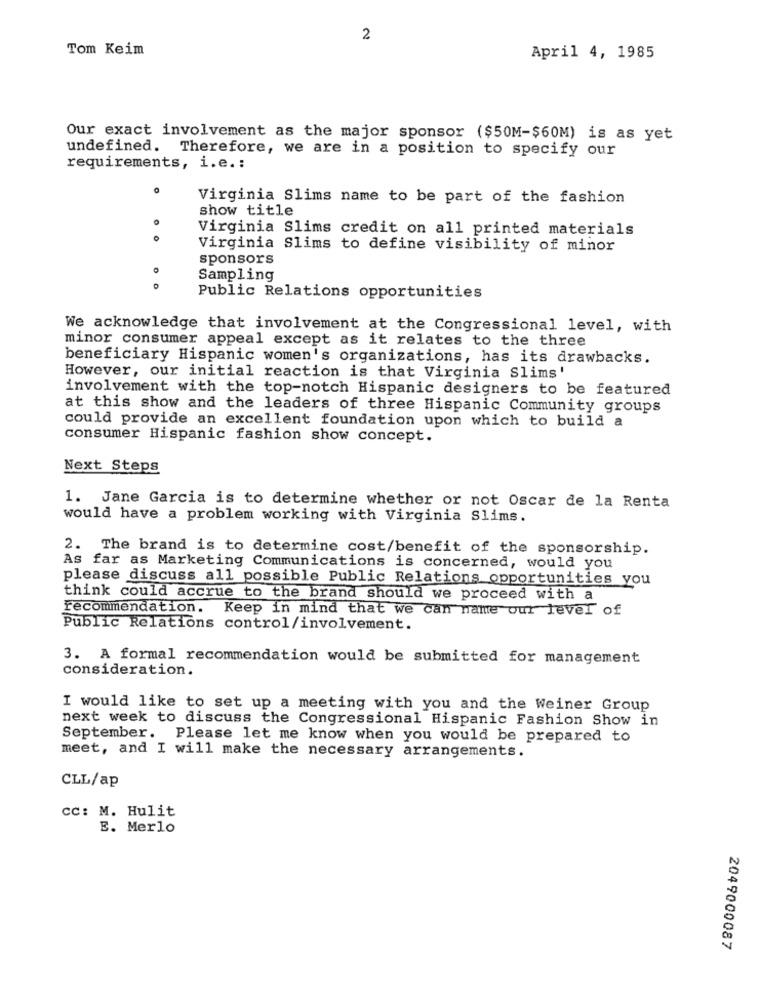
2
Tom Keim
April 4, 1985
Our exact involvement as the major sponsor ($50M-$60M) is as yet
undefined. Therefore, we are in a position to specify our
requirements, i.e. :
Virginia Slims name to be part of the fashion
show title
Virginia Slims credit on all printed materials
Virginia Slims to define visibility of minor
sponsors
Sampling
Public Relations opportunities
We acknowledge that involvement at the Congressional level, with
minor consumer appeal except as it relates to the three
beneficiary Hispanic women's organizations, has its drawbacks.
However, our initial reaction is that Virginia Slims'
involvement with the top-notch Hispanic designers to be featured
at this show and the leaders of three Hispanic Community groups
could provide an excellent foundation upon which to build a
consumer Hispanic fashion show concept.
Next Steps
1. Jane Garcia is to determine whether or not Oscar de la Renta
would have a problem working with Virginia Slims.
2. The brand is to determine cost/benefit of the sponsorship.
As far as Marketing Communications is concerned, would you
please discuss all possible Public Relations opportunities you
think could accrue to the brand Should we proceed with a
recommendation. Keep in mind that we can name our level of
Public Relations control/involvement.
3. A formal recommendation would be submitted for management
consideration.
I would like to set up a meeting with you and the Weiner Group
next week to discuss the Congressional Hispanic Fashion Show in
September. Please let me know when you would be prepared to
meet, and I will make the necessary arrangements.
CLL/ap
CC: M. Hulit
E. Merlo
2049000087